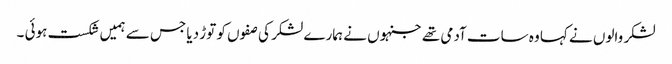
لشکر والوں نے کہا وہ سات آدمی تھے جنہوں نے ہمارے لشکر کی صفوں کو توڑ دیا جس سے ہمیں شکست ہوئی ۔